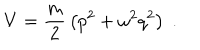
V = { \frac { m } { 2 } } \left( p ^ { 2 } + \omega ^ { 2 } q ^ { 2 } \right) \; .